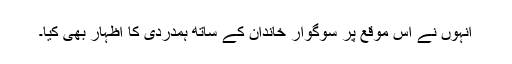
انہوں نے اس موقع پر سوگوار خاندان کے ساتھ ہمدردی کا اظہار بھی کیا۔